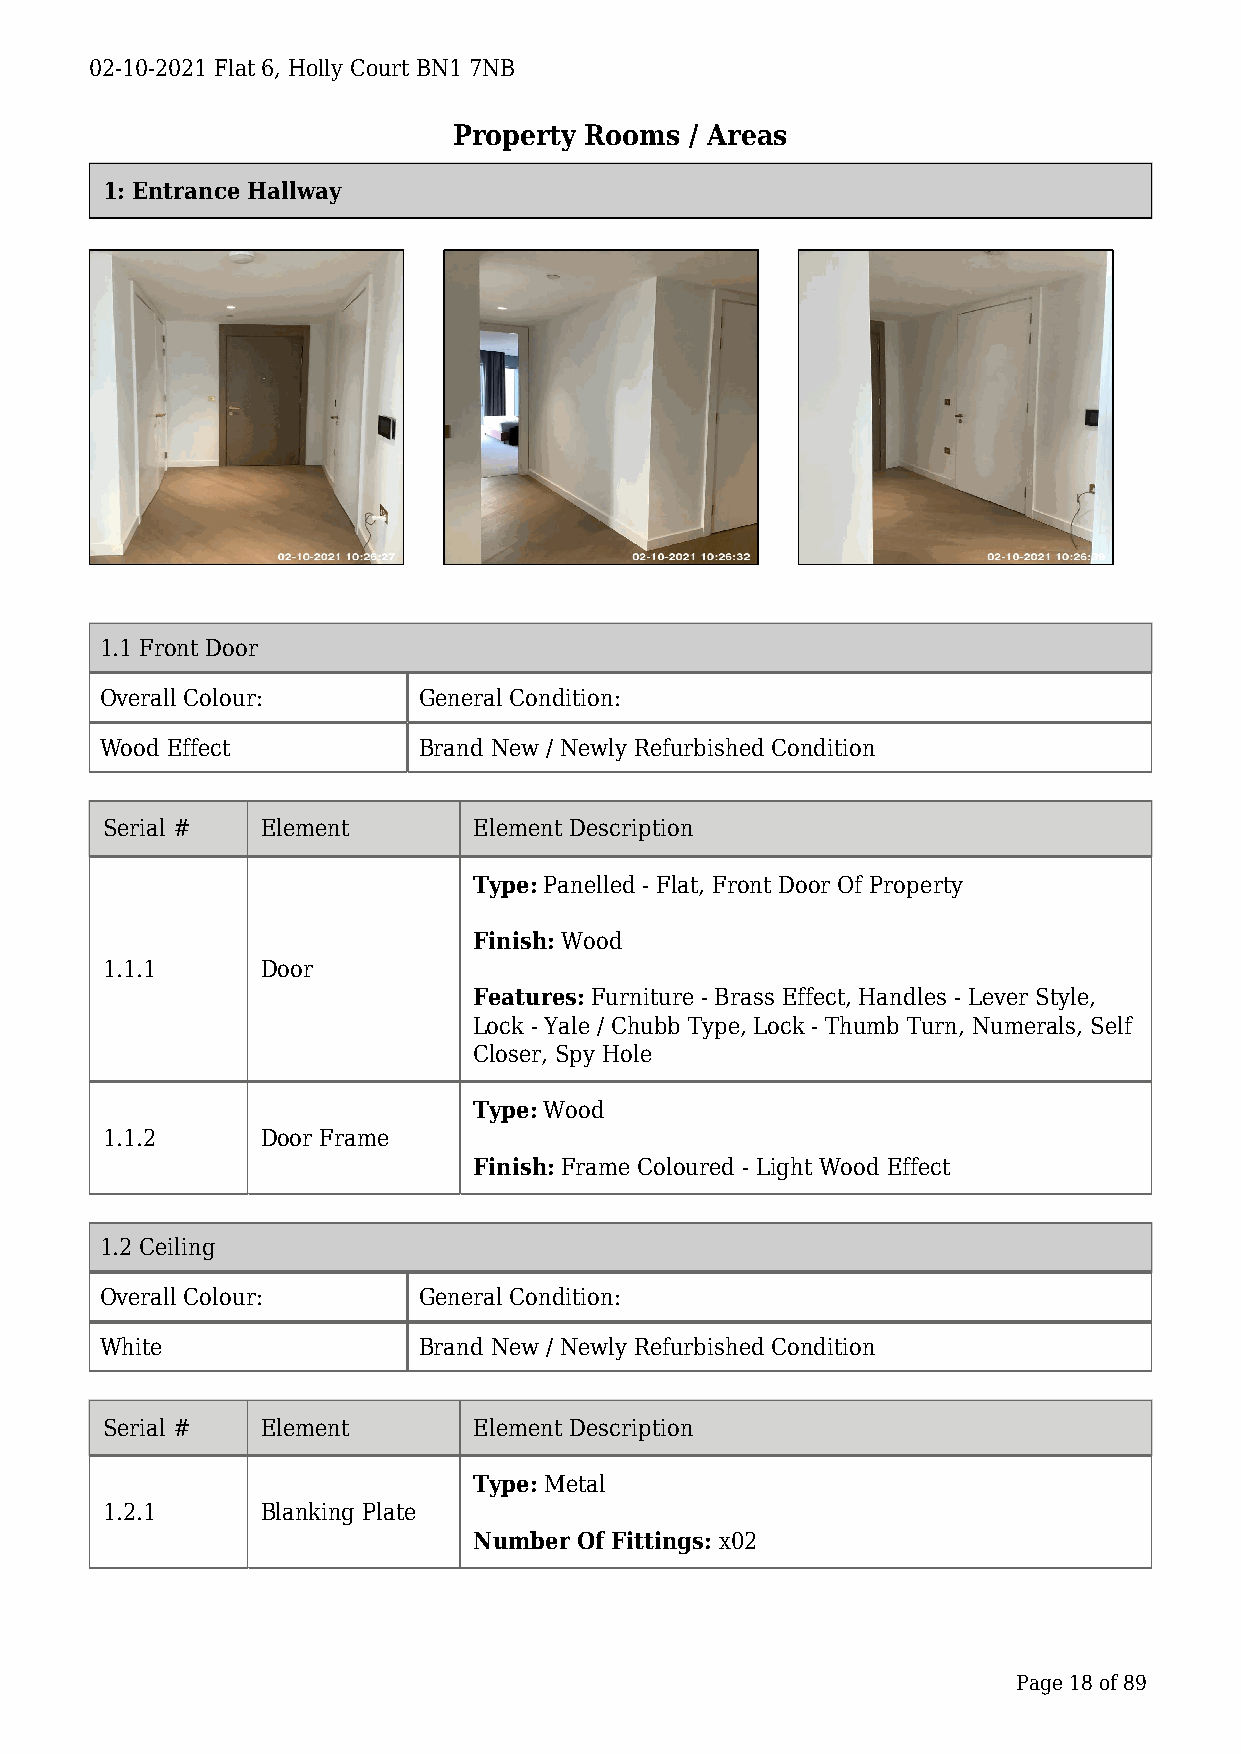
02-10-2021 Flat 6, Holly Court BN1 7NB
 Property Rooms  / Areas
 1: Entrance Hallway
 1.1 Front Door
 Overall Colour:      General Condition:
 Wood Effect          Brand New / Newly Refurbished Condition
 Serial #  Element       Element Description
 Type: Panelled - Flat, Front Door Of Property
 Finish: Wood
 1.1.1     Door
 Features: Furniture - Brass Effect, Handles - Lever Style,
 Lock - Yale / Chubb Type, Lock - Thumb Turn, Numerals, Self
 Closer, Spy Hole
 Type: Wood
 1.1.2     Door Frame
 Finish: Frame Coloured - Light Wood Effect
 1.2 Ceiling
 Overall Colour:      General Condition:
 White                Brand New / Newly Refurbished Condition
 Serial #  Element       Element Description
 Type: Metal
 1.2.1     Blanking Plate
 Number Of Fittings: x02
 Page 18 of 89